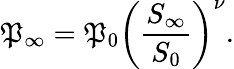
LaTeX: \mathfrak{P}_{\infty}=\mathfrak{P}_{0}\left(\frac{{S_{\infty}}}{{S_{0}}}\right)^{\nu}.